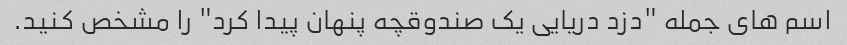
اسم های جمله "دزد دریایی یک صندوقچه پنهان پیدا کرد" را مشخص کنید.